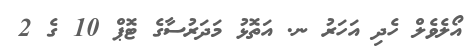
އޯލެވެލް ހެދި އަހަރު ނ. އަތޮޅު މަދަރުސާގެ ޓޮޕް 10 ގެ 2